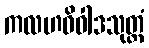
ကလဟဝိဝါဒသုတ္တံ